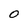
Character: O